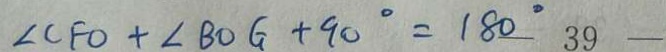
\angle C F O + \angle B O G + 9 0 ^ { \circ } = 1 8 0 ^ { \circ }